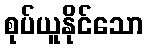
စုပ်ယူနိုင်သော